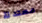
معتدلة